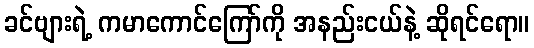
ခင်ဗျားရဲ့ ကမာကောင်ကြော်ကို အနည်းငယ်နဲ့ ဆိုရင်ရော။